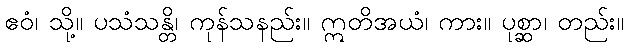
ဧဝံ၊ သို့။ ပသံသန္တိ၊ ကုန်သနည်း။ ဣတိအယံ၊ ကား။ ပုစ္ဆာ၊ တည်း။